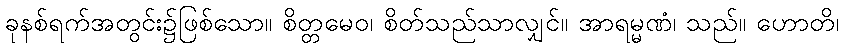
ခုနစ်ရက်အတွင်း၌ဖြစ်သော။ စိတ္တမေဝ၊ စိတ်သည်သာလျှင်။ အာရမ္မဏံ၊ သည်။ ဟောတိ၊